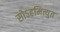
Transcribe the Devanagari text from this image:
सोऽहमित्युत